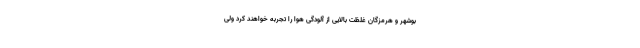
بوشهر و هرمزگان غلظت بالایی از آلودگی هوا را تجربه خواهند کرد ولی